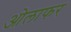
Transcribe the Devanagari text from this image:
ओलाफर